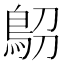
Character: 𩿋